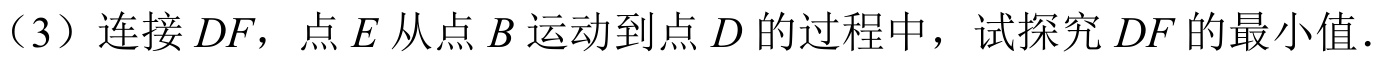
（3）连接\(DF\)，点\(E\)从点\(B\)运动到点\(D\)的过程中，试探究\(DF\)的最小值.